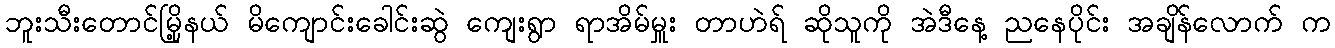
ဘူးသီးတောင်မြို့နယ် မိကျောင်းခေါင်းဆွဲ ကျေးရွာ ရာအိမ်မှူး တာဟဲရ် ဆိုသူကို အဲဒီနေ့ ညနေပိုင်း အချိန်လောက် က